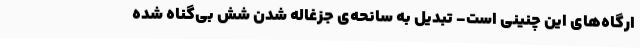
ارگاه‌های این چنینی است- تبدیل به سانحه‌ی جزغاله شدن شش بی‌گناه شده